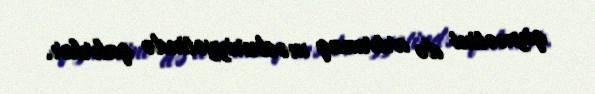
qiymətini də artırmaq məcburiyyətində qalırlar.